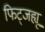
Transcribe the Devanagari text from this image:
फिट्जह्यू